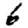
Digit: 6